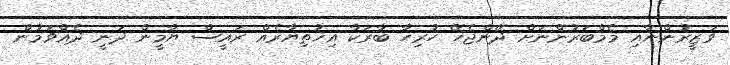
ވަޒީރުންނާއި މެމްބަރުންނަށް ދޭންޖެހޭ ހުރިހާ ބާރަކާ އިޚުތިޔާރެއް ރައީސް ޔާމީން ދަނީ ދެއްވަމުން